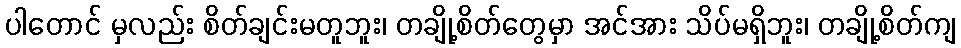
ပါတောင် မှလည်း စိတ်ချင်းမတူဘူး၊ တချို့စိတ်တွေမှာ အင်အား သိပ်မရှိဘူး၊ တချို့စိတ်ကျ